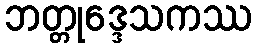
ဘတ္တုဒ္ဒေသကဿ